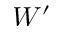
W ^ { \prime }